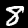
Label: 8